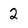
Character: 2